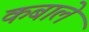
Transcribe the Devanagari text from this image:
कबाले